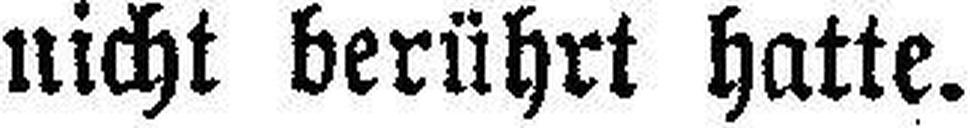
nicht berührt hatte.